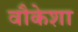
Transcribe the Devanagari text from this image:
वौकेशा